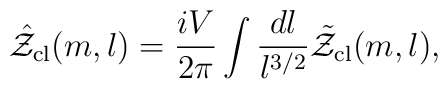
\hat{\cal Z}_{\mathrm{cl}}(m,l)=\frac{iV}{2\pi}\int\frac{dl}{l^{3/2}}\tilde{\cal Z}_{\mathrm{cl}}(m,l),